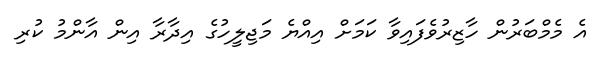
އެ މެމްބަރުން ހާޒިރުވެފައިވާ ކަމަށް އިއްޔެ މަޖިލީހުގެ އިދާރާ އިން އާންމު ކުރި